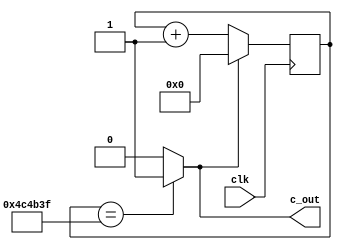
//1/5000000 PreScaler
module m_prescale5M(input clk,output c_out);
	reg [22:0] cnt;
	wire wcout;
	
	assign wcout=(cnt==23'd4999999) ? 1'b1 : 1'b0;
	assign c_out=wcout;
	
	always @(posedge clk) begin
		if(wcout==1'b1)
			cnt=0;
		else
			cnt=cnt+1;
	end
endmodule

//m_timer module
module m_timer(input clk,output [9:0] sec);

	reg [3:0] dcnt;
	wire [9:0] wsec;
	wire c1;	//Carry data
	//1/5000000 PreScaler
	m_prescale5M u0(clk,c1);
	
	//decimal counter
	always @(posedge clk) begin
		if(c1==1'b1) begin
			if(dcnt==4'd9)
				dcnt=0;
			else
				dcnt=dcnt+1;
		end
	end
	
	//decorder
	assign wsec[0]=(dcnt==4'd0) ? 1'b1 : 1'b0;
	assign wsec[1]=(dcnt==4'd1) ? 1'b1 : 1'b0;
	assign wsec[2]=(dcnt==4'd2) ? 1'b1 : 1'b0;
	assign wsec[3]=(dcnt==4'd3) ? 1'b1 : 1'b0;
	assign wsec[4]=(dcnt==4'd4) ? 1'b1 : 1'b0;
	assign wsec[5]=(dcnt==4'd5) ? 1'b1 : 1'b0;
	assign wsec[6]=(dcnt==4'd6) ? 1'b1 : 1'b0;
	assign wsec[7]=(dcnt==4'd7) ? 1'b1 : 1'b0;
	assign wsec[8]=(dcnt==4'd8) ? 1'b1 : 1'b0;
	assign wsec[9]=(dcnt==4'd9) ? 1'b1 : 1'b0;
	
	assign sec=wsec;
endmodule